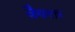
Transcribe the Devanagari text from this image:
वैयक्त